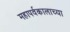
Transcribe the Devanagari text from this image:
महापर्वकालाच्या